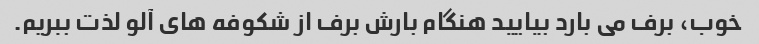
خوب، برف می بارد بیایید هنگام بارش برف از شکوفه های آلو لذت ببریم.